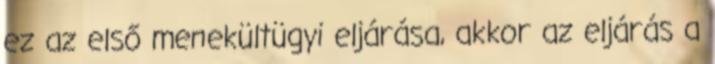
ez az első menekültügyi eljárása, akkor az eljárás a